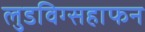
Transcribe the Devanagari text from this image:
लुडविग्सहाफन